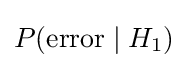
P({\text{error}}\mid H_{1})